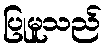
ပြုမူသည်